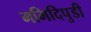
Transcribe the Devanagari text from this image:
ममिदिपुडी